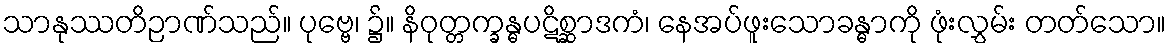
သာနုဿတိဉာဏ်သည်။ ပုဗ္ဗေ၊ ၌။ နိဝုတ္တက္ခန္ဓပဋိစ္ဆာဒကံ၊ နေအပ်ဖူးသောခန္ဓာကို ဖုံးလွှမ်း တတ်သော။